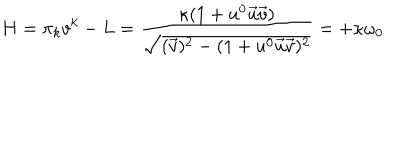
LaTeX: H = \pi _ { k } v ^ { k } - L = \frac { \kappa ( 1 + u ^ { 0 } \vec { u } \vec { v } ) } { \sqrt { ( \vec { v } ) ^ { 2 } - ( 1 + u ^ { 0 } \vec { u } \vec { v } ) ^ { 2 } } } = + \kappa \omega _ { 0 }